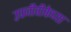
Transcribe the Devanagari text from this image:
उपजीवीकेच्या